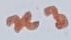
Text: n3